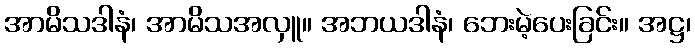
အာမိသဒါနံ၊ အာမိသအလှူ။ အဘယဒါနံ၊ ဘေးမဲ့ပေးခြင်း။ အဋ္ဌ၊